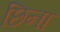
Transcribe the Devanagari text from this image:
छिना